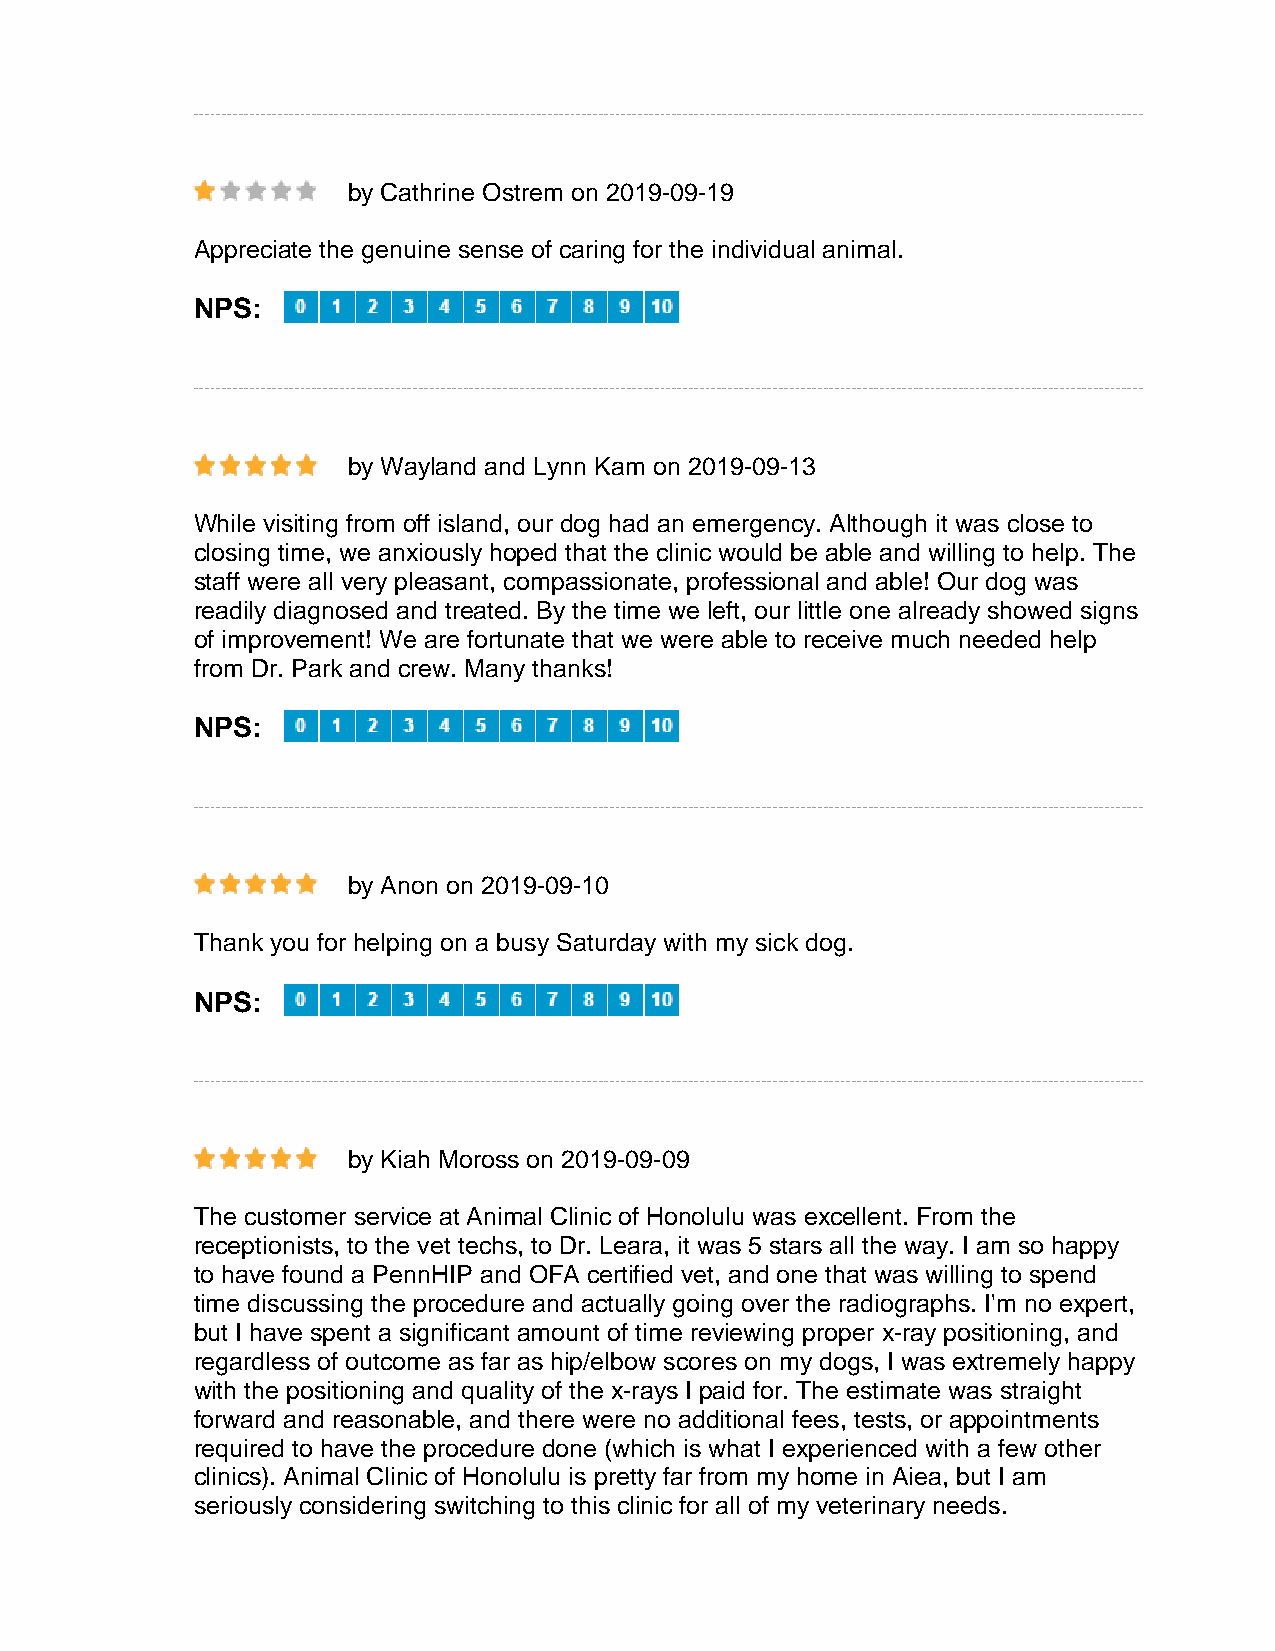
by Cathrine Ostrem on 2019-09-19
 Appreciate the genuine sense of caring for the individual animal.
 NPS:
 by Wayland and Lynn Kam on 2019-09-13
 While visiting from off island, our dog had an emergency. Although it was close to
 closing time, we anxiously hoped that the clinic would be able and willing to help. The
 staff were all very pleasant, compassionate, professional and able! Our dog was
 readily diagnosed and treated. By the time we left, our little one already showed signs
 of improvement! We are fortunate that we were able to receive much needed help
 from Dr. Park and crew. Many thanks!
 NPS:
 by Anon on 2019-09-10
 Thank you for helping on a busy Saturday with my sick dog.
 NPS:
 by Kiah Moross on 2019-09-09
 The customer service at Animal Clinic of Honolulu was excellent. From the
 receptionists, to the vet techs, to Dr. Leara, it was 5 stars all the way. I am so happy
 to have found a PennHIP and OFA certified vet, and one that was willing to spend
 time discussing the procedure and actually going over the radiographs. I'm no expert,
 but I have spent a significant amount of time reviewing proper x-ray positioning, and
 regardless of outcome as far as hip/elbow scores on my dogs, I was extremely happy
 with the positioning and quality of the x-rays I paid for. The estimate was straight
 forward and reasonable, and there were no additional fees, tests, or appointments
 required to have the procedure done (which is what I experienced with a few other
 clinics). Animal Clinic of Honolulu is pretty far from my home in Aiea, but I am
 seriously considering switching to this clinic for all of my veterinary needs.